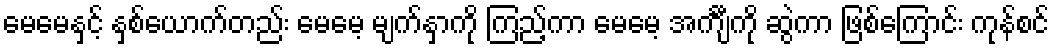
မေမေနှင့် နှစ်ယောက်တည်း မေမေ့ မျက်နှာကို ကြည့်ကာ မေမေ့ အင်္ကျီကို ဆွဲကာ ဖြစ်ကြောင်း ကုန်စင်